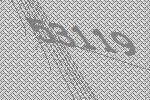
53119